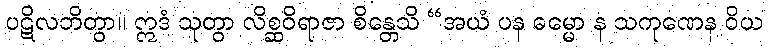
ပဋိလဘိတွာ။ ဣဒံ သုတွာ လိစ္ဆဝိရာဇာ စိန္တေသိ “အယံ ပန ဓမ္မော န သကုဏေန ဝိယ